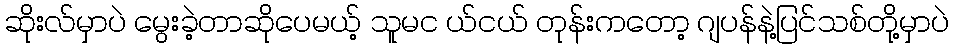
ဆိုးလ်မှာပဲ မွေးခဲ့တာဆိုပေမယ့် သူမင ယ်ငယ် တုန်းကတော့ ဂျပန်နဲ့ပြင်သစ်တို့မှာပဲ